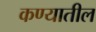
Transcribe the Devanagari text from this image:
कण्यातील